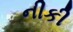
નીકી